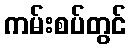
ကမ်းစပ်တွင်